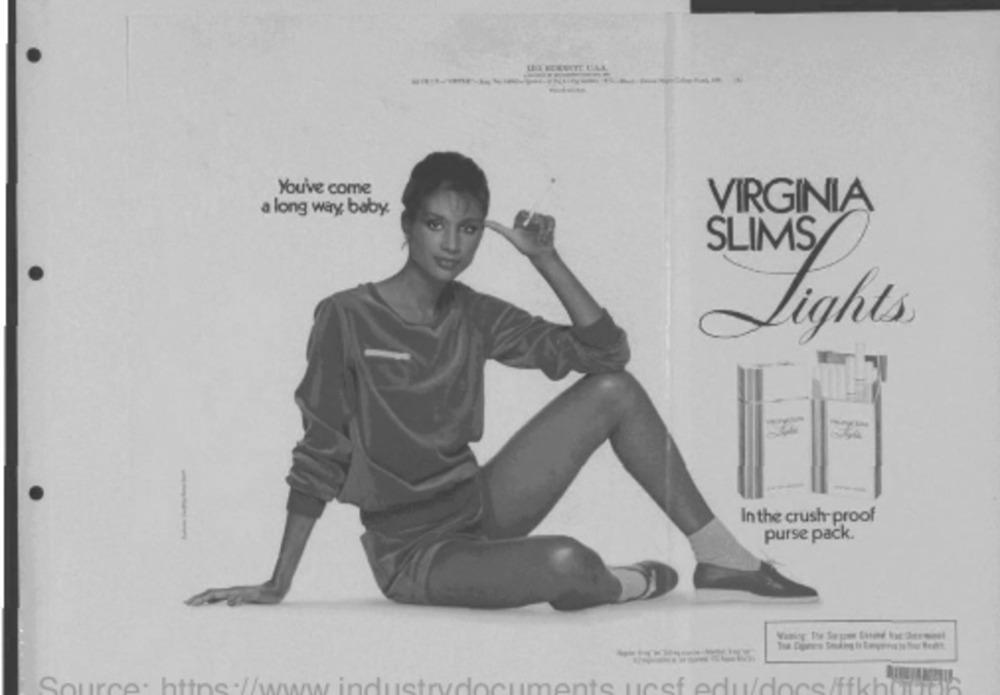
LA BEEUTE LIAL
-
---
You've come
VIRGINIA
a long way baby.
SLIMS
Lights
In the crush- proof
---
purse pack.